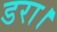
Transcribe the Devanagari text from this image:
डरा।